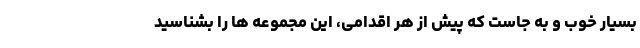
بسیار خوب و به جاست که پیش از هر اقدامی، این مجموعه ها را بشناسید